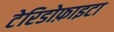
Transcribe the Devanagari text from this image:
टेरिडोफ़ाइटा